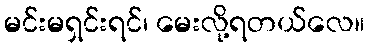
မင်းမရှင်းရင်၊ မေးလို့ရတယ်လေ။